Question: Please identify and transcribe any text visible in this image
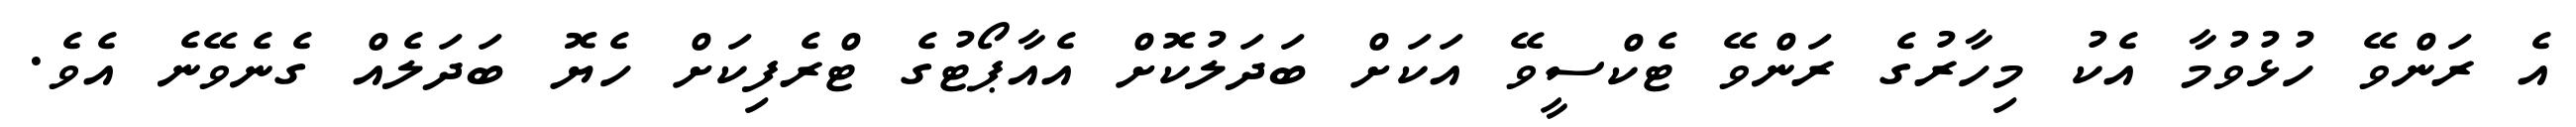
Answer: އެ ރަންވޭ ހުޅުވުމާ އެކު މިހާރުގެ ރަންވޭ ޓެކްސީވޭ އަކަށް ބަދަލުކޮށް އެއާޕޯޓުގެ ޓްރެފިކަށް ހެޔޮ ބަދަލެއް ގެނެވޭނެ އެވެ.